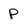
Character: p